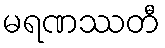
မရဏဿတီ